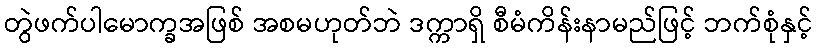
တွဲဖက်ပါမောက္ခအဖြစ် အစမဟုတ်ဘဲ ဒက္ကာရှိ စီမံကိန်းနာမည်ဖြင့် ဘက်စုံနှင့်